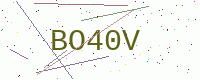
Text: BO40V